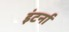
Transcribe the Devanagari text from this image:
इंटर्ना